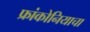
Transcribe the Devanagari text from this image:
फ्रांकोनियाचा